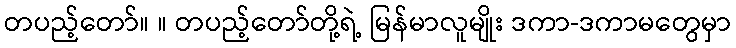
တပည့်တော်။ ။ တပည့်တော်တို့ရဲ့ မြန်မာလူမျိုး ဒကာ-ဒကာမတွေမှာ